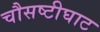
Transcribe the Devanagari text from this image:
चौसष्टीघाट